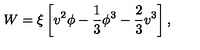
W = \xi \left[ v ^ { 2 } \phi - { \frac { 1 } { 3 } } \phi ^ { 3 } - { \frac { 2 } { 3 } } v ^ { 3 } \right] ,